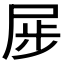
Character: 𪨏